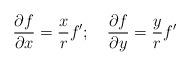
LaTeX: \begin{align*}\frac{\partial f}{\partial x}=\frac{x}{r}f';~~~\frac{\partial f}{\partial y}=\frac{y}{r}f'\end{align*}